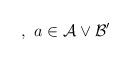
LaTeX: \begin{align*},\,\,a\in \mathcal{A}\vee \mathcal{B}^{\prime }\end{align*}